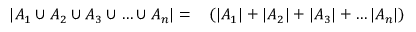
\begin{array} { r l } { \left| A _ { 1 } \cup A _ { 2 } \cup A _ { 3 } \cup \ldots \cup A _ { n } \right| = } & { { } \left( \left| A _ { 1 } \right| + \left| A _ { 2 } \right| + \left| A _ { 3 } \right| + \ldots \left| A _ { n } \right| \right) } \end{array}